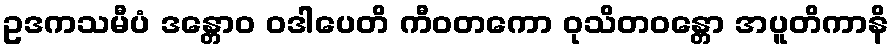
ဥဒကသမီပံ ဒန္တောဝ ဝဒါပေတိ ကီဝတကော ဝုသိတဝန္တော အပူတိကာနိ